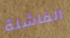
الفاشلة